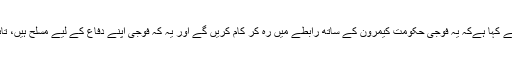
پریس سکریٹری ارنیسٹ نے کہا ہےکہ یہ فوجی حکومتِ کیمرون کے ساتھ رابطے میں رہ کر کام کریں گے اور یہ کہ فوجی اپنے دفاع کے لیے مسلح ہیں، تاہم یہ لڑاکا فورس نہیں ہے۔